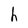
Character: h